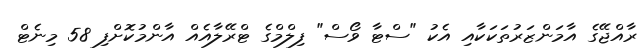
ރާއްޖޭގެ އާމަންޒަރުތަކަކާއި އެކު "ސްޓާ ވޯސް" ފިލްމްގެ ޓްރޭލާއެއް އާންމުކޮށްފި 58 މިނެޓް